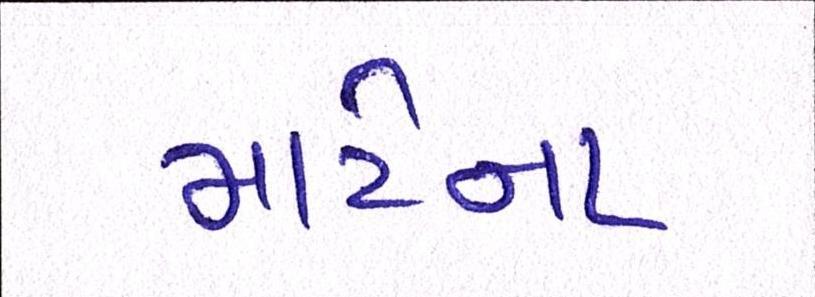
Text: માટેના